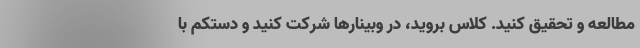
مطالعه و تحقیق کنید. کلاس بروید، در وبینارها شرکت کنید و دستکم با